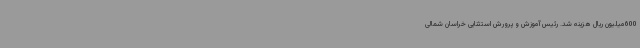
600میلیون ریال هزینه شد. رئیس آموزش و پرورش استثنایی خراسان شمالی